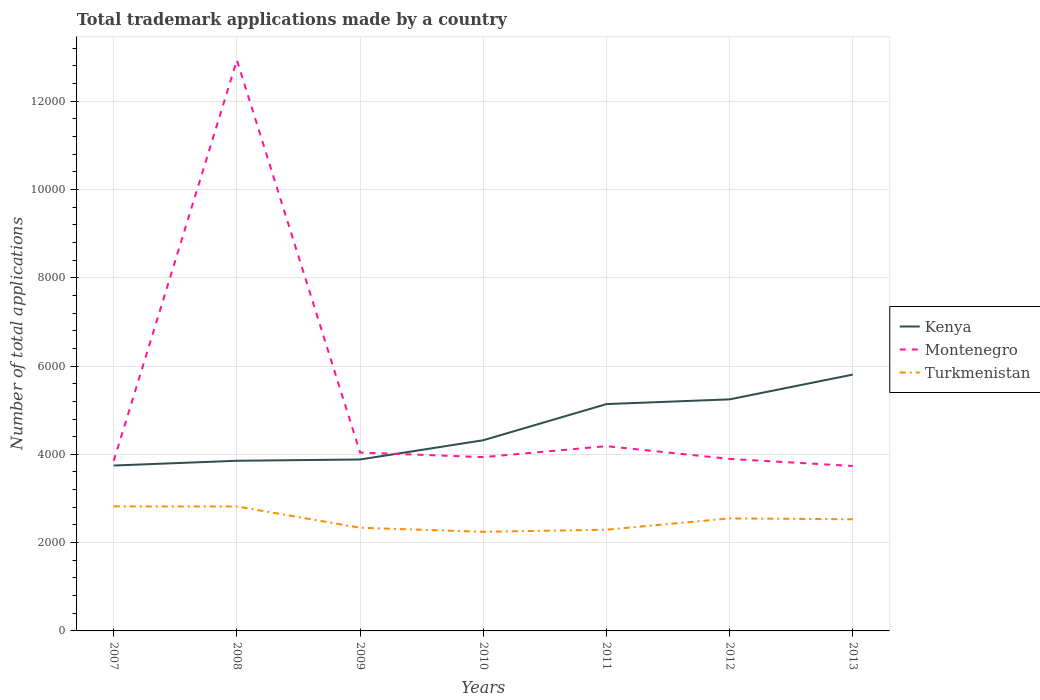
| Years | Kenya | Montenegro | Turkmenistan |
 | --- | --- | --- | --- |
 | 2007 | 3.75e+03 | 3.85e+03 | 2.82e+03 |
 | 2008 | 3.85e+03 | 1.29e+04 | 2.82e+03 |
 | 2009 | 3.88e+03 | 4.04e+03 | 2.34e+03 |
 | 2010 | 4.32e+03 | 3.94e+03 | 2.24e+03 |
 | 2011 | 5.14e+03 | 4.18e+03 | 2.29e+03 |
 | 2012 | 5.24e+03 | 3.9e+03 | 2.55e+03 |
 | 2013 | 5.81e+03 | 3.74e+03 | 2.53e+03 |